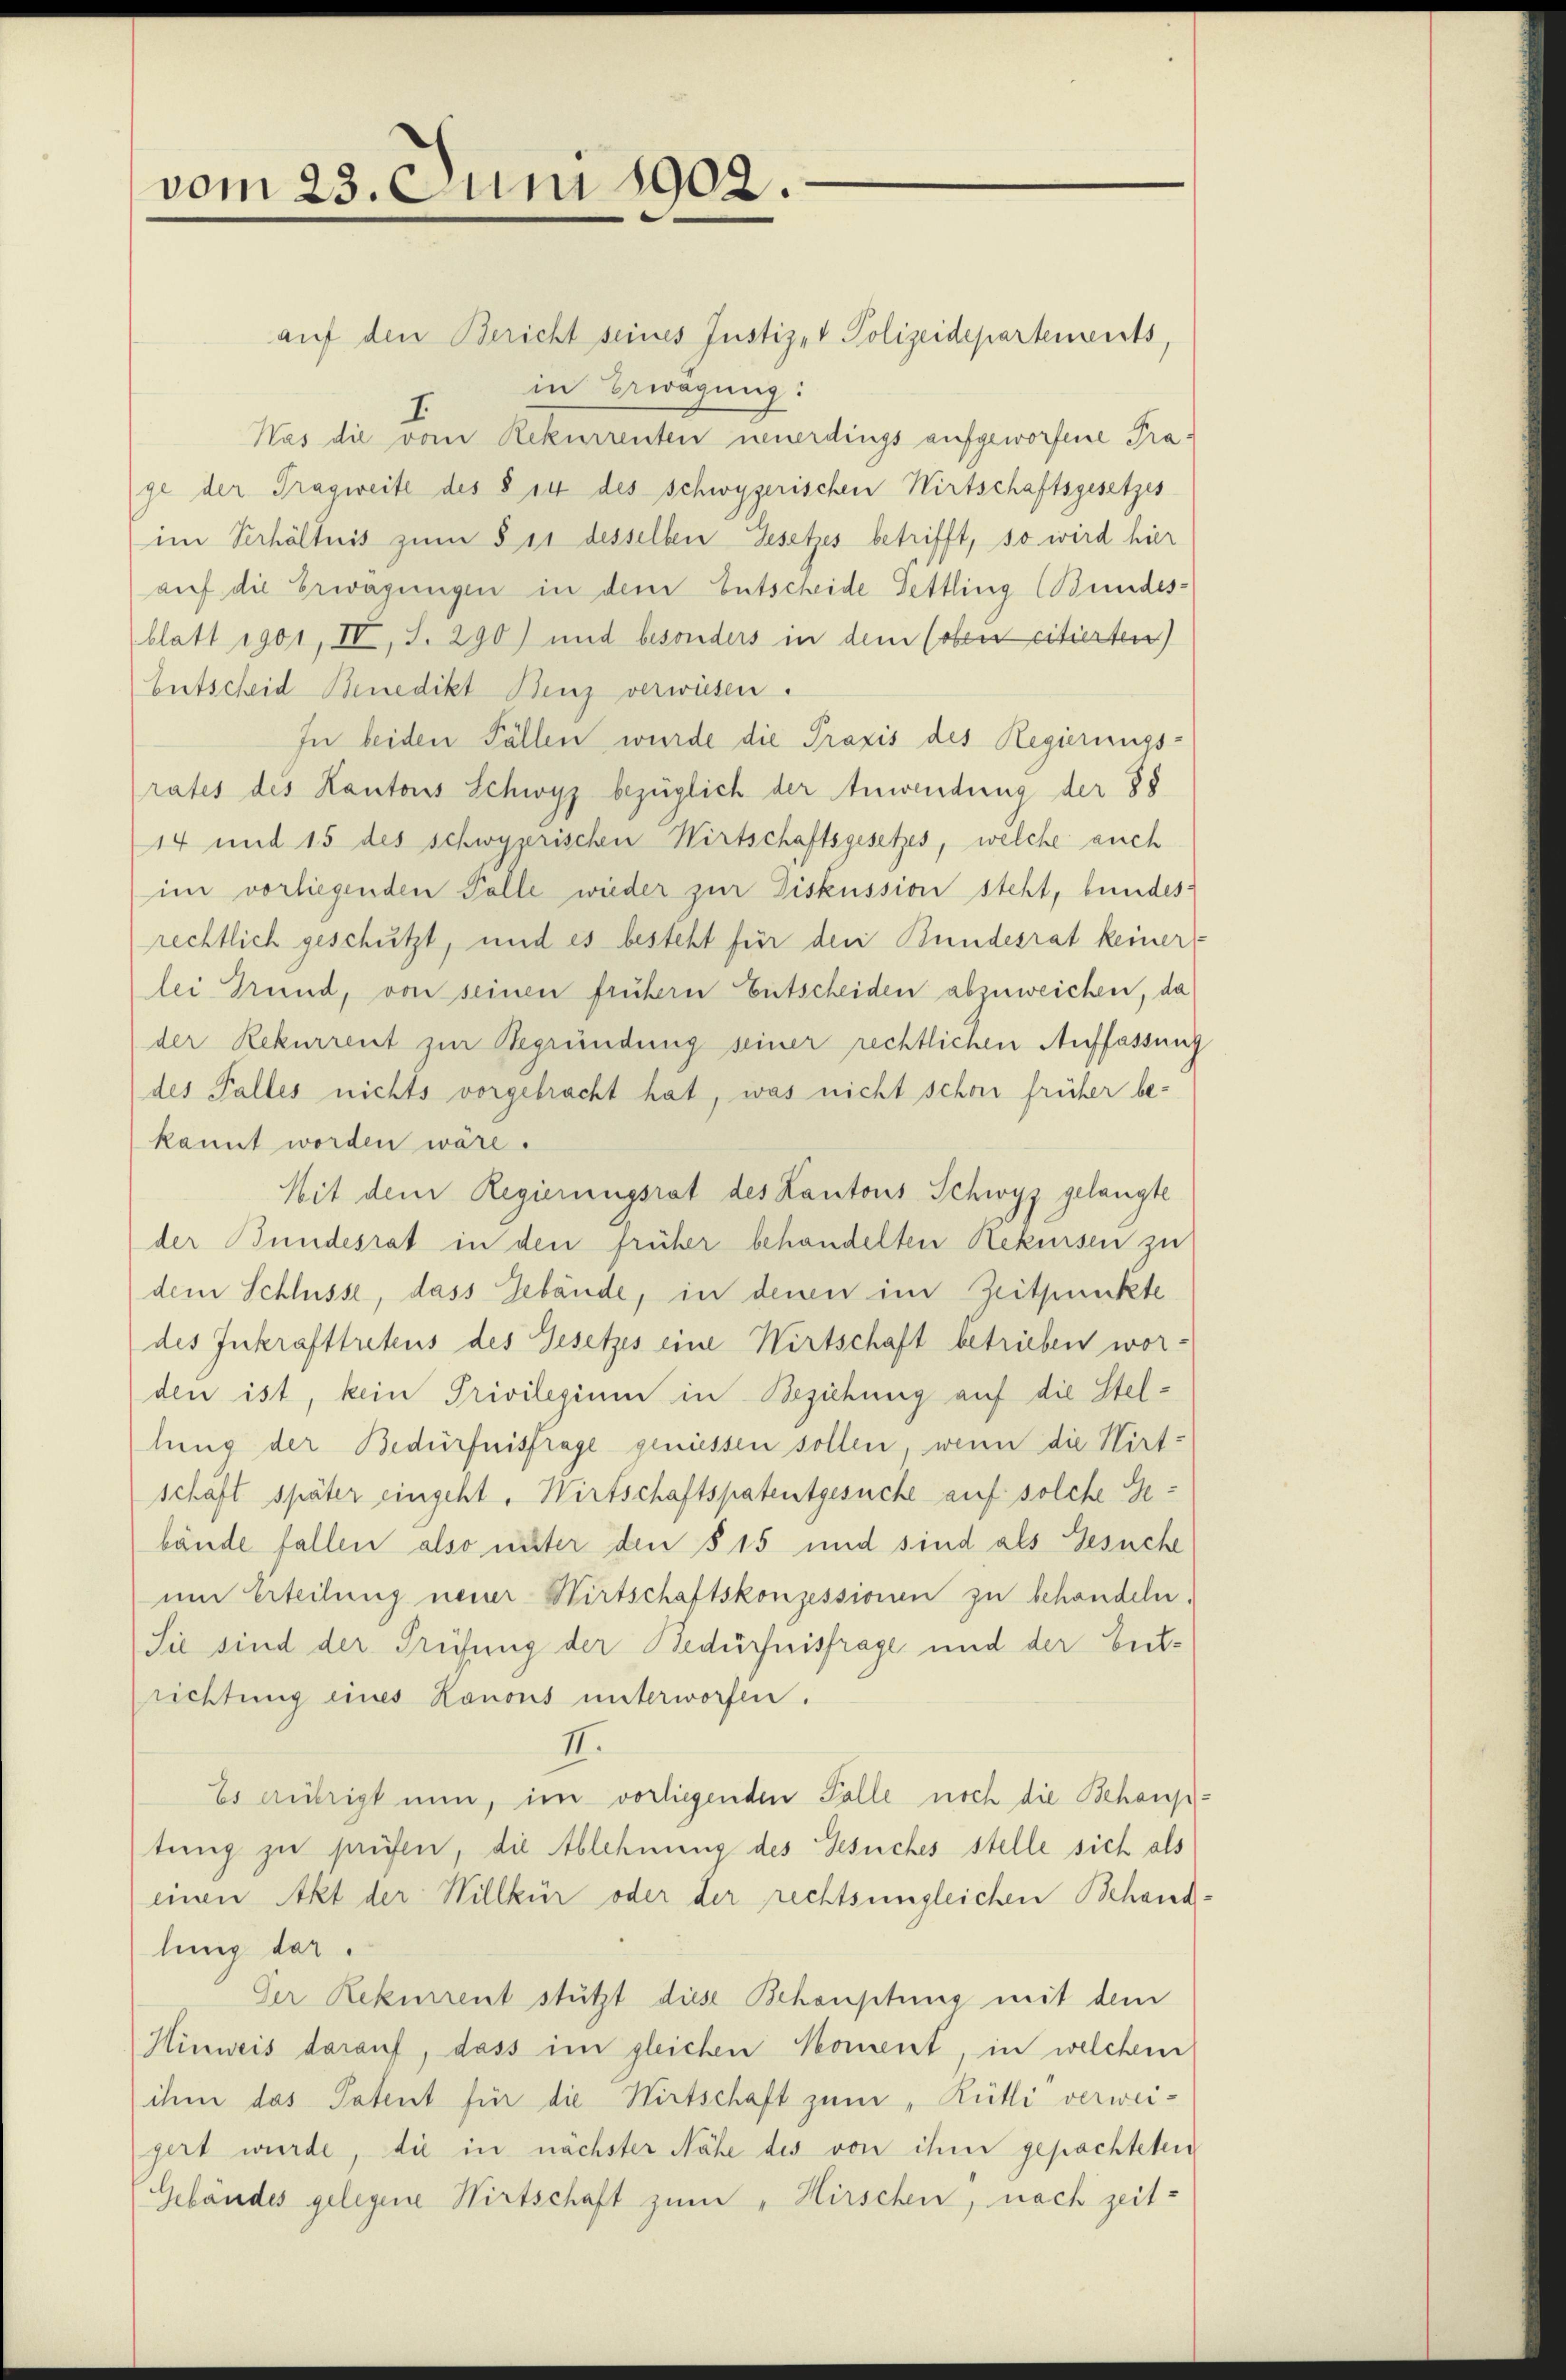
vom 23. Juni 1902.

auf den Bericht seines Justiz- & Polizeidepartements,
in Erwägung:
.
Was die vom Rekurrenten neuerdings aufgeworfene Prage der Tragweite des § 14 des Schwyzerischen Wirtschaftsgesetzes
im Verhältnis zum § 11 desselben Gesetzes betrifft, so wird hier
auf die Erwägungen in dem Entscheide Dettling (Bundesblatt 1901, IV, S. 290) und besonders in dem (oben citierten)
Entscheid Benedikt Benz verwiesen.
In beiden Fällen wurde die Praxis des Regierungs-
rates des Kantons Schwyz bezüglich der Anwendung der 88
14 und 15 des schwyzerischen Wirtschaftsgesetzes, welche auch
im vorliegenden Palle wieder zur Diskussion steht, bundesrechtlich geschützt, und es besteht für den Bundesrat keiner
lei Grund, von seinen frühern Entscheiden abzuweichen, da
der Rekurrent zur Begründung seiner rechtlichen Auffassung
des Falles nichts vorgebracht hat, was nicht schon früher bekannt worden wäre.
Mit dem Regierungsrat des Kantons Schwyz gelangte
der Bundesrat in den früher behandelten Rekursen zu
dem Schlüsse, dass Gebäude, in denen im Zeitpunkte
des Inkrafttretens des Gesetzes eine Wirtschaft betrieben worden ist, kein Privilegium in Beziehung auf die Stellung der Bedürfnisfrage geniessen sollen, wenn die Wirt-
schäft später eingeht. Wirtschaftspatentgesuche auf solche Gebände fallen also unter den § 15 und sind als Gesuche
um Erteilung neuer Wirtschaftskonzessionen zu behandeln.
Sie sind der Prüfung der Bedürfnisfrage und der betrichtung eines Kanons unterworfen.
II.
Es anbrigt nun, im vorliegenden Falle noch die Behaup
tung zu prüfen, die Ablehnung des Gesuches stelle sich als
einen Akt der Willkür oder der rechts ungleichen Behand
lung der
Der Rekurrent stützt diese Behauptung mit dem
Hinweis darauf, dass im gleichen Moment, in welchem
ihm das Patent für die Wirtschaft zum „Rütli verweigert wurde die in nächster Nähe des von ihm gepachteten
Gebäudes gelegene Wirtschaft zum „Hirschen, nach zeit-